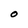
Character: O